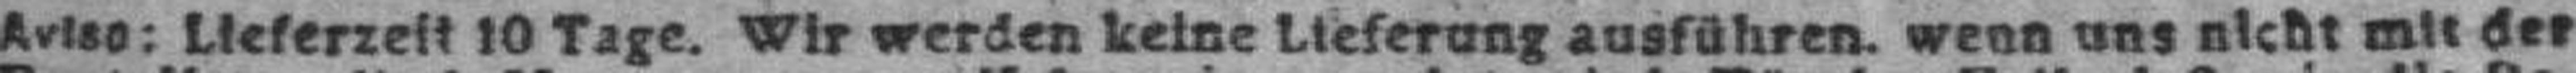
Aviso: Lieferzeit 10 Tage. Wir werden keine Lieferung ausführen. wenn uns nicht mit der